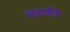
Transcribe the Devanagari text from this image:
त्तरकी